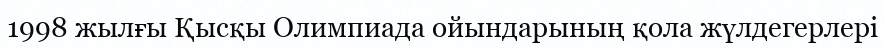
1998 жылғы Қысқы Олимпиада ойындарының қола жүлдегерлері